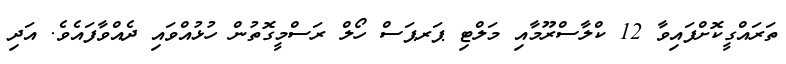
ތަރައްގީކޮށްފައިވާ 12 ކްލާސްރޫމާއި މަލްޓި ޕަރޕަސް ހޯލް ރަސްމީގޮތުން ހުޅުއްވައި ދެއްވާފައެވެ. އަދި